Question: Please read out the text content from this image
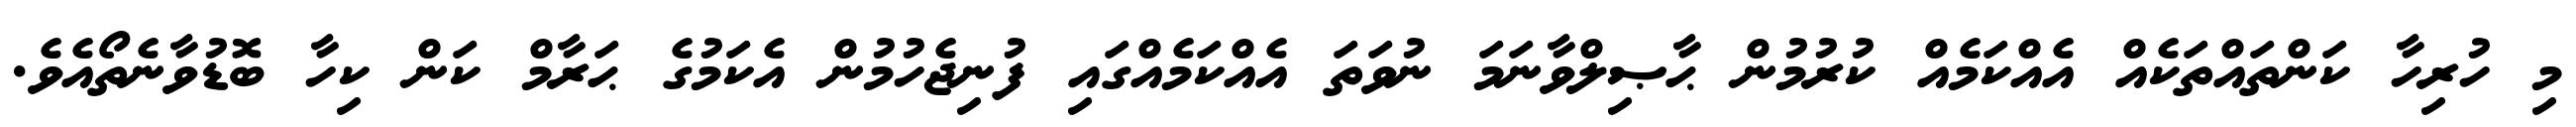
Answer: މި ހުރިހާ ކަންތައްތަކެއް އެއްކަމެއް ކުރުމުން ޙާޞިލްވާނަމަ ނުވަތަ އެއްކަމެއްގައި ފުނިޖެހުމުން އެކަމުގެ ޙަރާމް ކަން ކިހާ ބޮޑުވާނެތޯއެވެ.